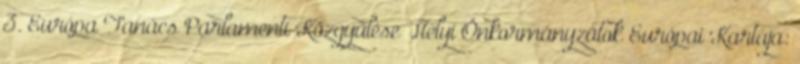
3. Európa Tanács Parlamenti Közgyűlése Helyi Önkormányzatok Európai Kartája: